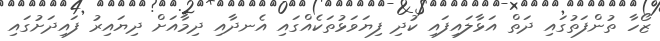
ޒޯހާ ތުންފަތުގައި ދަތް އަޅާލައިފައި ކުދި ފިޔަވަޅުތަކެއްގައި އެނދާއި ދިމާއަށް ދިޔައިރު ފައިދަށުގައި